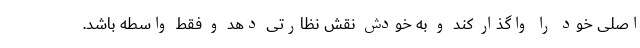
اصلی خود را واگذار کند و به خودش نقش نظارتی دهد و فقط واسطه باشد.